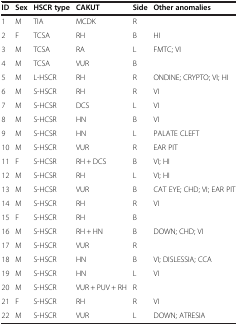
| ID | Sex | HSCR type | CAKUT | Side | Other anomalies |
 | --- | --- | --- | --- | --- | --- |
 | 1 | M | TIA | MCDK | R |  |
 | 2 | F | TCSA | RH | B | HI |
 | 3 | M | TCSA | RA | L | FMTC; VI |
 | 4 | M | TCSA | VUR | B |  |
 | 5 | M | L-HSCR | RH | R | ONDINE; CRYPTO; VI; HI |
 | 6 | M | S-HSCR | RH | R | VI |
 | 7 | M | S-HCSR | DCS | L | VI |
 | 8 | M | S-HCSR | HN | B | VI |
 | 9 | M | S-HCSR | HN | L | PALATE CLEFT |
 | 10 | M | S-HSCR | VUR | R | EAR PIT |
 | 11 | F | S-HCSR | RH + DCS | B | VI; HI |
 | 12 | M | S-HCSR | RH | L | VI; HI |
 | 13 | M | S-HCSR | VUR | B | CAT EYE; CHD; VI; EAR PIT |
 | 14 | M | S-HSCR | RH | R | VI |
 | 15 | F | S-HSCR | RH | B |  |
 | 16 | M | S-HSCR | RH + HN | B | DOWN; CHD; VI |
 | 17 | M | S-HSCR | VUR | R |  |
 | 18 | M | S-HSCR | HN | B | VI; DISLESSIA; CCA |
 | 19 | M | S-HSCR | HN | L | VI |
 | 20 | M | S-HSCR | VUR + PUV + RH | R |  |
 | 21 | F | S-HSCR | RH | R | VI |
 | 22 | M | S-HSCR | VUR | L | DOWN; ATRESIA |